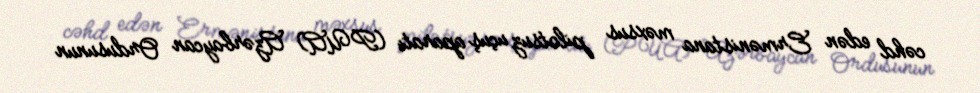
cəhd edən Ermənistana məxsus pilotsuz uçuş aparatı (PUA) Azərbaycan Ordusunun